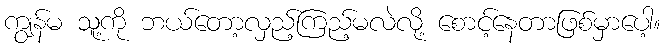
ကျွန်မ သူ့ကို ဘယ်တော့လှည့်ကြည့်မလဲလို့ စောင့်နေတာဖြစ်မှာပေါ့။